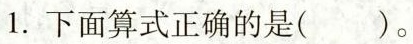
1.下面算式正确的是()。